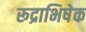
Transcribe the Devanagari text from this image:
रूद्राभिषेक